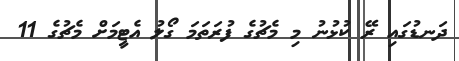
ދަނޑުގައި ރޭ ކުޅުނު މި މެޗުގެ ފުރަތަމަ ގޯލު އެޓީމަށް މެޗުގެ 11